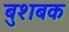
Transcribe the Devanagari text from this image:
बुशबक